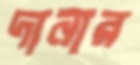
দানার